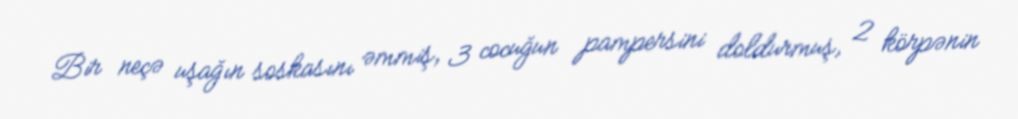
Bir neçə uşağın soskasını əmmiş, 3 cocuğun pampersini doldurmuş, 2 körpənin